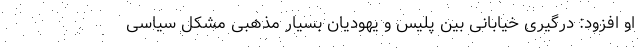
او افزود: درگیری خیابانی بین پلیس و یهودیان بسیار مذهبی مشکل سیاسی